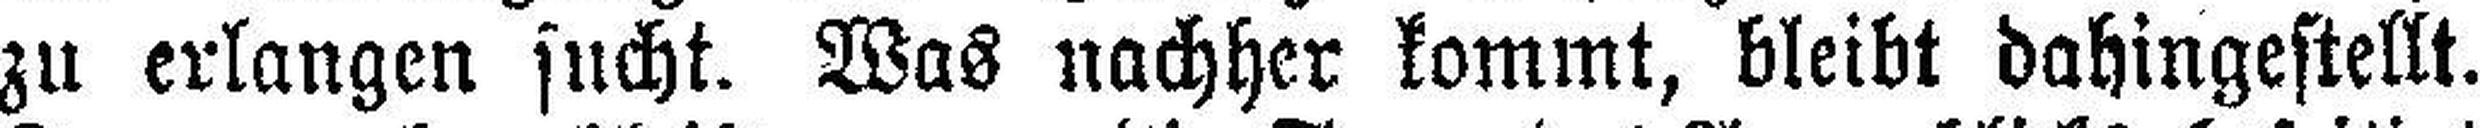
zu erlangen sucht. Was nachher kommt, bleibt dahingestellt.